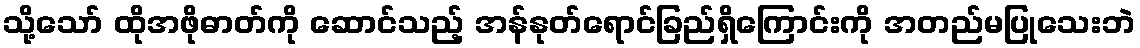
သို့သော် ထိုအဖိုဓာတ်ကို ဆောင်သည့် အန်နုတ်ရောင်ခြည်ရှိကြောင်းကို အတည်မပြုသေးဘဲ